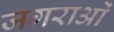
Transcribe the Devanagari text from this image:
जगराओं